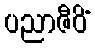
ပညာဇီဝိံ